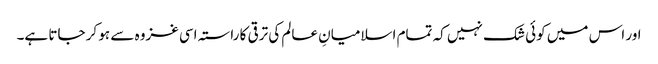
اور اس میں کوئی شک نہیں کہ تمام اسلامیانِ عالم کی ترقی کا راستہ اسی غزوہ سے ہو کر جاتا ہے۔